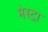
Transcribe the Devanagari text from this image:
मेस्ट्रा